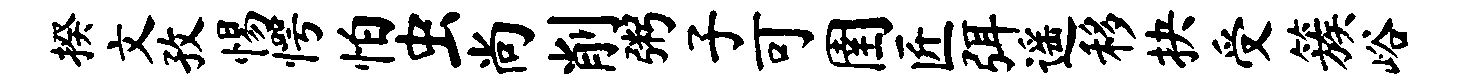
揆文孜惕愕怕虫尚削粥子可圉匠弭遥移抉受簇峪